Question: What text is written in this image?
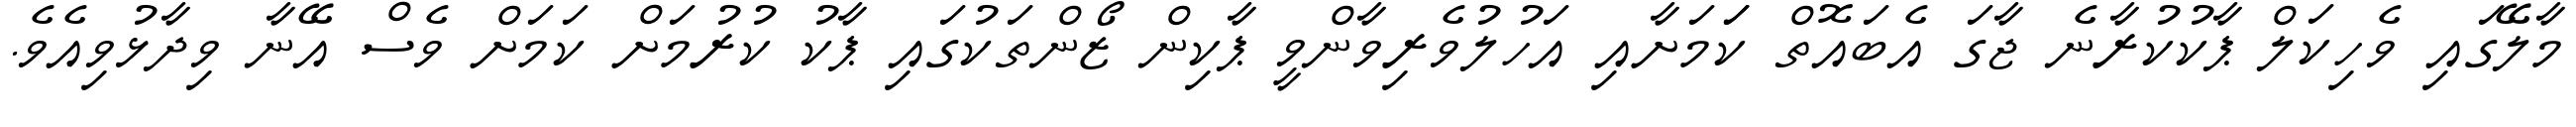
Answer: މާލޭގައި ވެހިކަލް ޕާކުކުރާނެ ޖާގަ އެބައޮތް ކަަމަށާއި އަހުލުވެރިވާންވީ ޕާކިން ޒޯންތަކުގައި ޕާކު ކުރުމަށް ކަމަށް ވެސް އޭނާ ވިދާޅުވިއެވެ.